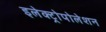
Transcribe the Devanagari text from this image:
इलेक्ट्रोपोलेशन